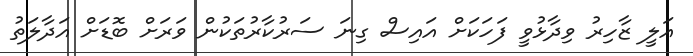
އަލީ ޒާހިރު ވިދާޅުވީ ފަހަކަށް އައިސް ގިނަ ސަރުކާރުތަކުން ވަރަށް ބޮޑަށް އަދާލަތު